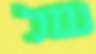
של